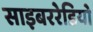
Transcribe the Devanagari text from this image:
साइबररेडियो